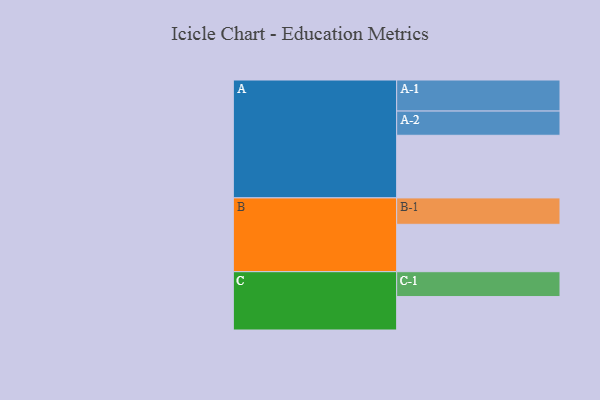
{"axis": {"x": "Segment", "y": "Value"}, "legend": ["", "A", "B", "C"], "data": [{"x": "A", "y": 579, "type": ""}, {"x": "B", "y": 438, "type": ""}, {"x": "C", "y": 309, "type": ""}, {"x": "A-1", "y": 287, "type": "A"}, {"x": "A-2", "y": 224, "type": "A"}, {"x": "B-1", "y": 244, "type": "B"}, {"x": "C-1", "y": 230, "type": "C"}]}